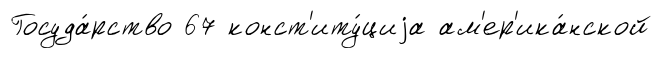
Госуда́рство 67 конст'иту́циjа ам'ер'ика́нской